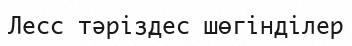
Лесс тәріздес шөгінділер